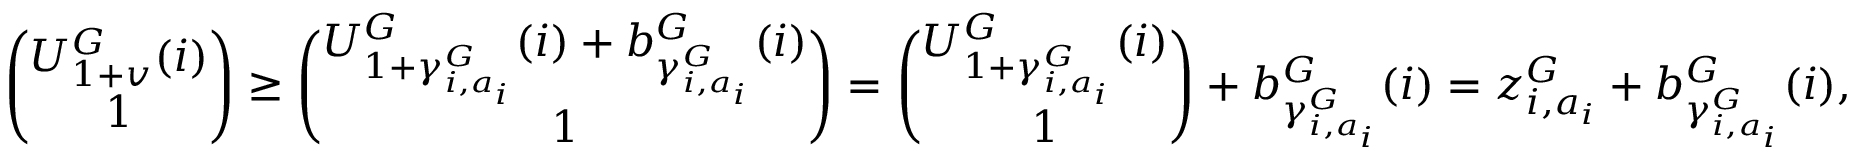
\binom { U _ { 1 + v } ^ { G } ( i ) } { 1 } \geq \binom { U _ { 1 + \gamma _ { i , a _ { i } } ^ { G } } ^ { G } ( i ) + b _ { \gamma _ { i , a _ { i } } ^ { G } } ^ { G } ( i ) } { 1 } = \binom { U _ { 1 + \gamma _ { i , a _ { i } } ^ { G } } ^ { G } ( i ) } { 1 } + b _ { \gamma _ { i , a _ { i } } ^ { G } } ^ { G } ( i ) = z _ { i , a _ { i } } ^ { G } + b _ { \gamma _ { i , a _ { i } } ^ { G } } ^ { G } ( i ) ,